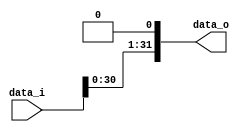
/***************************************************
Student Name: 
Student ID: 
***************************************************/

`timescale 1ns/1ps

module Shift_Left_1(
    input  [32-1:0] data_i,
    output [32-1:0] data_o
    );

/* Write your code HERE */

assign data_o=data_i<<1;

endmodule